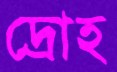
দ্রোহ